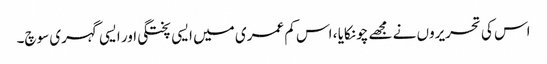
اس کی تحریروں نے مجھے چونکایا ، اس کم عمری میں ایسی پختگی اور ایسی گہری سوچ۔